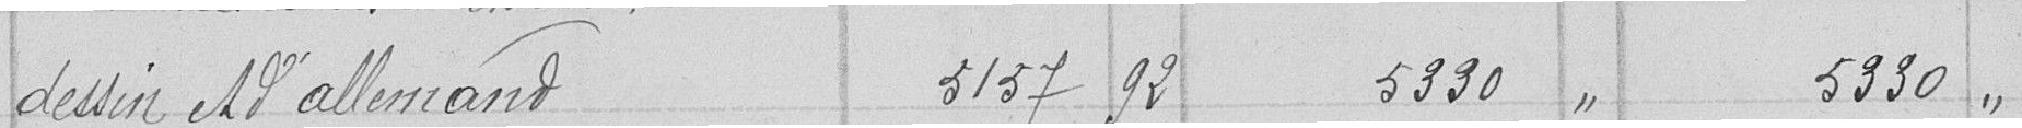
dessin et d'allemand   3157,92   5 330   5330